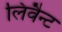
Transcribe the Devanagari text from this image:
लिवैन्ट